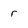
Character: r